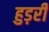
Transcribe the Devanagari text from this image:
हुड़री